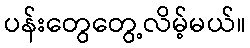
ပန်းတွေတွေ့လိမ့်မယ်။